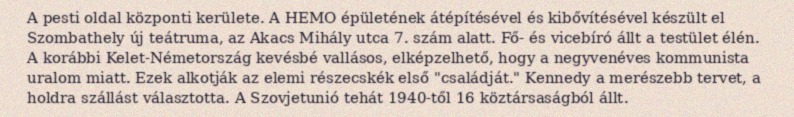
A pesti oldal központi kerülete. A HEMO épületének átépítésével és kibővítésével készült el Szombathely új teátruma, az Akacs Mihály utca 7. szám alatt. Fő- és vicebíró állt a testület élén. A korábbi Kelet-Németország kevésbé vallásos, elképzelhető, hogy a negyvenéves kommunista uralom miatt. Ezek alkotják az elemi részecskék első "családját." Kennedy a merészebb tervet, a holdra szállást választotta. A Szovjetunió tehát 1940-től 16 köztársaságból állt.